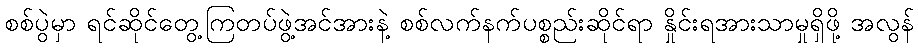
စစ်ပွဲမှာ ရင်ဆိုင်တွေ့ကြတပ်ဖွဲ့အင်အားနဲ့ စစ်လက်နက်ပစ္စည်းဆိုင်ရာ နှိုင်းရအားသာမှုရှိဖို့ အလွန်